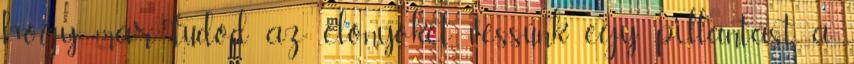
hogy már tudod az előnyöket, vessünk egy pillantást a